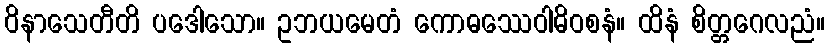
ဝိနာသေတီတိ ပဒေါသော။ ဥဘယမေတံ ကောဓဿေဝါဓိဝစနံ။ ထိနံ စိတ္တဂေလညံ။